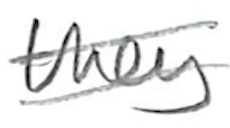
Text: they
Cross-out: double-line
Writing tool: pencil